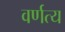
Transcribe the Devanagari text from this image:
वर्णत्य